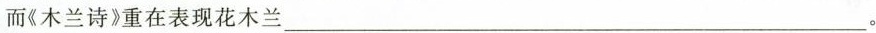
而《木兰诗》重在表现花木兰___。